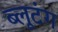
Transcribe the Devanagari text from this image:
ब्लूटंग